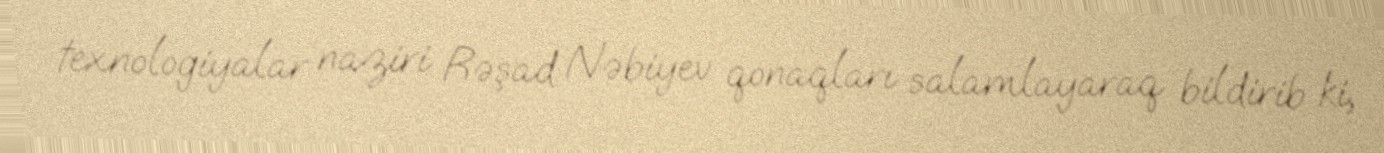
texnologiyalar naziri Rəşad Nəbiyev qonaqları salamlayaraq bildirib ki,